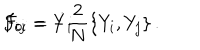
F _ { 0 i } = \dot { Y } _ { i } \hspace { 1 . 0 c m } F _ { i j } = - { \frac { 2 } { N } } \{ Y _ { i } , Y _ { j } \} \, .